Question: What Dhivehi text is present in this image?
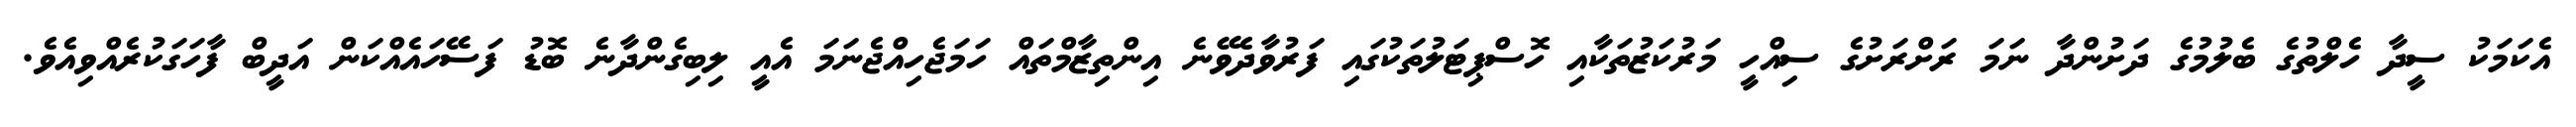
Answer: އެކަމަކު ސީދާ ހެލްތުގެ ބެލުމުގެ ދަށުންދާ ނަމަ ރަށްރަށުގެ ސިއްހީ މަރުކަޒުތަކާއި ހޮސްޕިޓަލުތަކުގައި ފަރުވާދެވޭނެ އިންތިޒާމްތައް ހަމަޖެހިއްޖެނަމަ އެއީ ލިބިގެންދާނެ ބޮޑު ފަސޭހައެއްކަން އަދީބް ފާހަގަކުރެއްވިއެވެ.